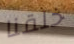
خلقنا